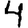
Digit: 4